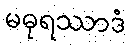
မဓုရဿာဒံ